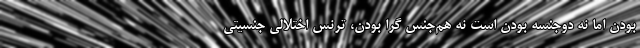
بودن اما نه دوجنسه بودن است نه هم‌جنس گرا بودن، ترنس اختلالی جنسیتی